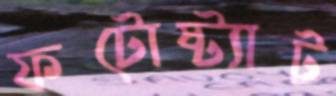
ফটোষ্ট্যাট